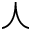
\curlywedge